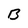
Character: B